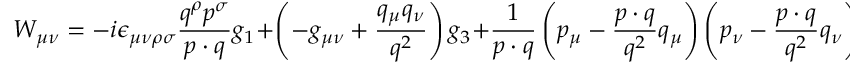
W _ { \mu \nu } = - i \epsilon _ { \mu \nu \rho \sigma } \frac { q ^ { \rho } p ^ { \sigma } } { p \cdot q } g _ { 1 } + \left( - g _ { \mu \nu } + \frac { q _ { \mu } q _ { \nu } } { q ^ { 2 } } \right) g _ { 3 } + \frac { 1 } { p \cdot q } \left( p _ { \mu } - \frac { p \cdot q } { q ^ { 2 } } q _ { \mu } \right) \left( p _ { \nu } - \frac { p \cdot q } { q ^ { 2 } } q _ { \nu } \right) g _ { 4 } \: \: \: ,